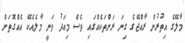
މާލޭގެ އިތުރުން ރާއްޖޭގެ ގިނަ ރަށްތަކެއްގައި ވެސް މިއަދު ވަނީ މާލެއެކޭ އެއްގޮތަށް